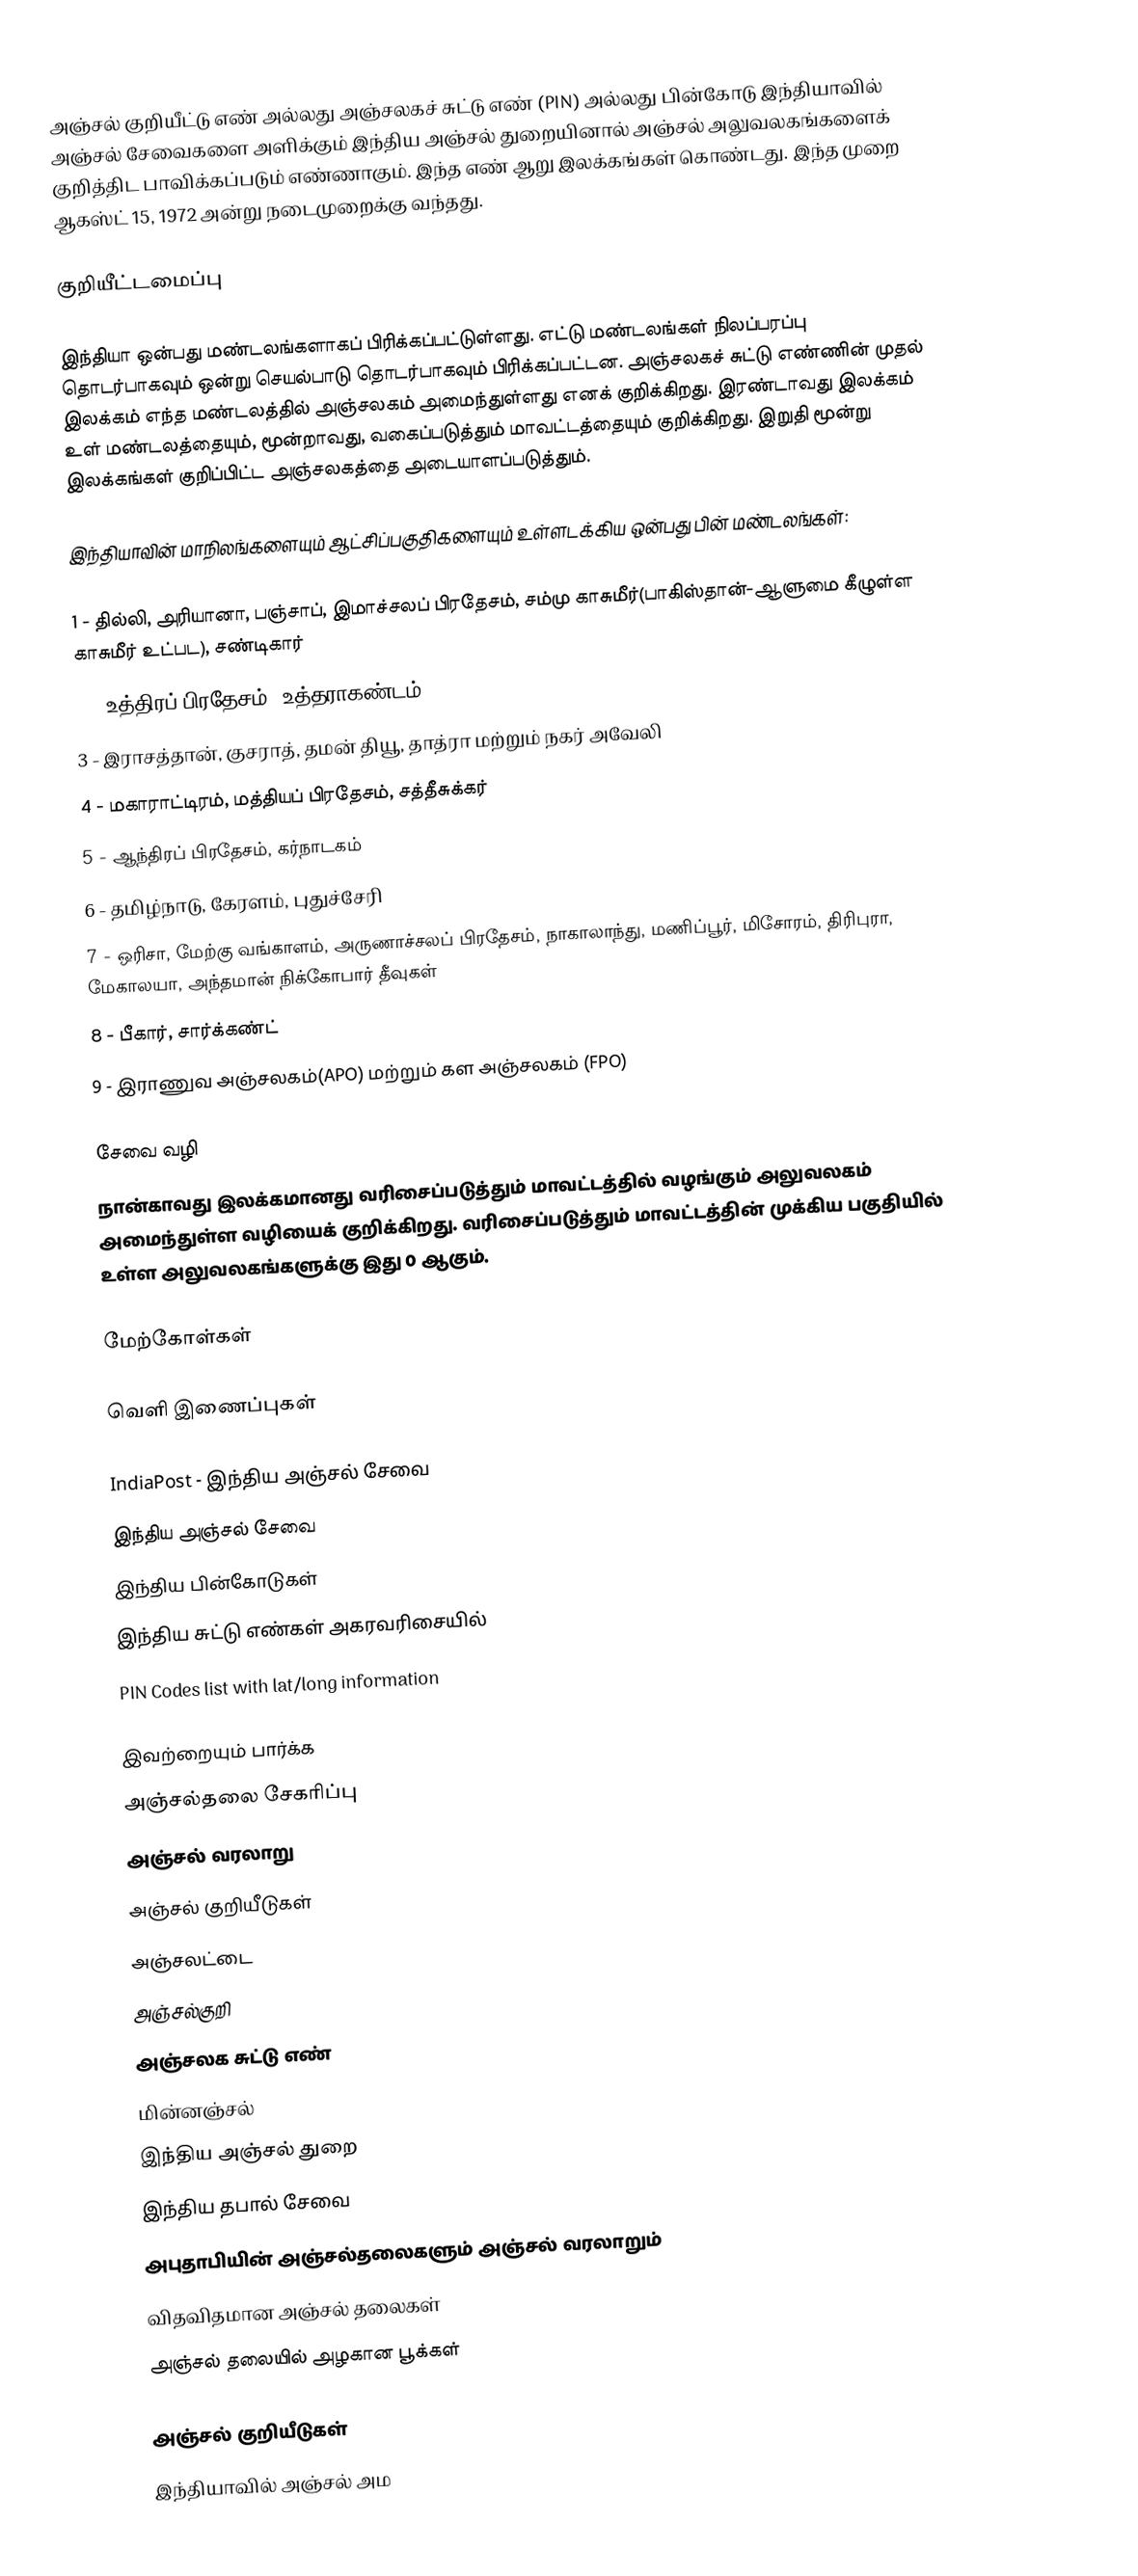
அஞ்சல் குறியீட்டு எண் அல்லது அஞ்சலகச் சுட்டு எண் (PIN) அல்லது பின்கோடு இந்தியாவில் அஞ்சல் சேவைகளை அளிக்கும் இந்திய அஞ்சல் துறையினால் அஞ்சல் அலுவலகங்களைக் குறித்திட பாவிக்கப்படும் எண்ணாகும். இந்த எண் ஆறு இலக்கங்கள் கொண்டது. இந்த முறை ஆகஸ்ட் 15, 1972 அன்று நடைமுறைக்கு வந்தது.

குறியீட்டமைப்பு

இந்தியா ஒன்பது மண்டலங்களாகப் பிரிக்கப்பட்டுள்ளது. எட்டு மண்டலங்கள் நிலப்பரப்பு தொடர்பாகவும் ஒன்று செயல்பாடு தொடர்பாகவும் பிரிக்கப்பட்டன. அஞ்சலகச் சுட்டு எண்ணின் முதல் இலக்கம் எந்த மண்டலத்தில் அஞ்சலகம் அமைந்துள்ளது எனக் குறிக்கிறது. இரண்டாவது இலக்கம் உள் மண்டலத்தையும், மூன்றாவது, வகைப்படுத்தும் மாவட்டத்தையும் குறிக்கிறது. இறுதி மூன்று இலக்கங்கள் குறிப்பிட்ட அஞ்சலகத்தை அடையாளப்படுத்தும்.

இந்தியாவின் மாநிலங்களையும் ஆட்சிப்பகுதிகளையும் உள்ளடக்கிய ஒன்பது பின் மண்டலங்கள்:

 1 - தில்லி, அரியானா, பஞ்சாப், இமாச்சலப் பிரதேசம், சம்மு காசுமீர்(பாகிஸ்தான்-ஆளுமை கீழுள்ள காசுமீர் உட்பட), சண்டிகார்
 2 - உத்திரப் பிரதேசம், உத்தராகண்டம்
 3 - இராசத்தான், குசராத், தமன் தியூ, தாத்ரா மற்றும் நகர் அவேலி
 4 - மகாராட்டிரம், மத்தியப் பிரதேசம், சத்தீசுக்கர்
 5 - ஆந்திரப் பிரதேசம், கர்நாடகம்
 6 - தமிழ்நாடு, கேரளம், புதுச்சேரி
 7 - ஒரிசா, மேற்கு வங்காளம், அருணாச்சலப் பிரதேசம், நாகாலாந்து, மணிப்பூர், மிசோரம், திரிபுரா, மேகாலயா, அந்தமான் நிக்கோபார் தீவுகள்
 8 - பீகார், சார்க்கண்ட்
 9 - இராணுவ அஞ்சலகம்(APO) மற்றும் கள அஞ்சலகம் (FPO)

சேவை வழி
நான்காவது இலக்கமானது வரிசைப்படுத்தும் மாவட்டத்தில் வழங்கும் அலுவலகம் அமைந்துள்ள வழியைக் குறிக்கிறது. வரிசைப்படுத்தும் மாவட்டத்தின் முக்கிய பகுதியில் உள்ள அலுவலகங்களுக்கு இது 0 ஆகும்.

மேற்கோள்கள்

வெளி இணைப்புகள்

 IndiaPost - இந்திய அஞ்சல் சேவை
 இந்திய அஞ்சல் சேவை
 இந்திய பின்கோடுகள்
 இந்திய சுட்டு எண்கள் அகரவரிசையில்
 PIN Codes list with lat/long information

இவற்றையும் பார்க்க
 அஞ்சல்தலை சேகரிப்பு
 அஞ்சல் வரலாறு
 அஞ்சல் குறியீடுகள்
 அஞ்சலட்டை
 அஞ்சல்குறி
 அஞ்சலக சுட்டு எண்
 மின்னஞ்சல்
 இந்திய அஞ்சல் துறை
 இந்திய தபால் சேவை
 அபுதாபியின் அஞ்சல்தலைகளும் அஞ்சல் வரலாறும்
 விதவிதமான அஞ்சல் தலைகள்
 அஞ்சல் தலையில் அழகான பூக்கள்

அஞ்சல் குறியீடுகள்
இந்தியாவில் அஞ்சல் அம